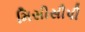
મિસીસીપી